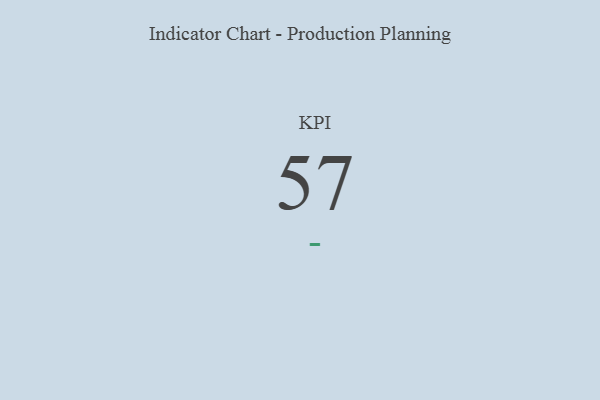
{"axis": {"x": "KPI", "y": "Value"}, "legend": [""], "data": [{"x": "KPI", "y": 57, "type": ""}]}